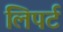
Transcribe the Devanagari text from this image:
लिपर्ट